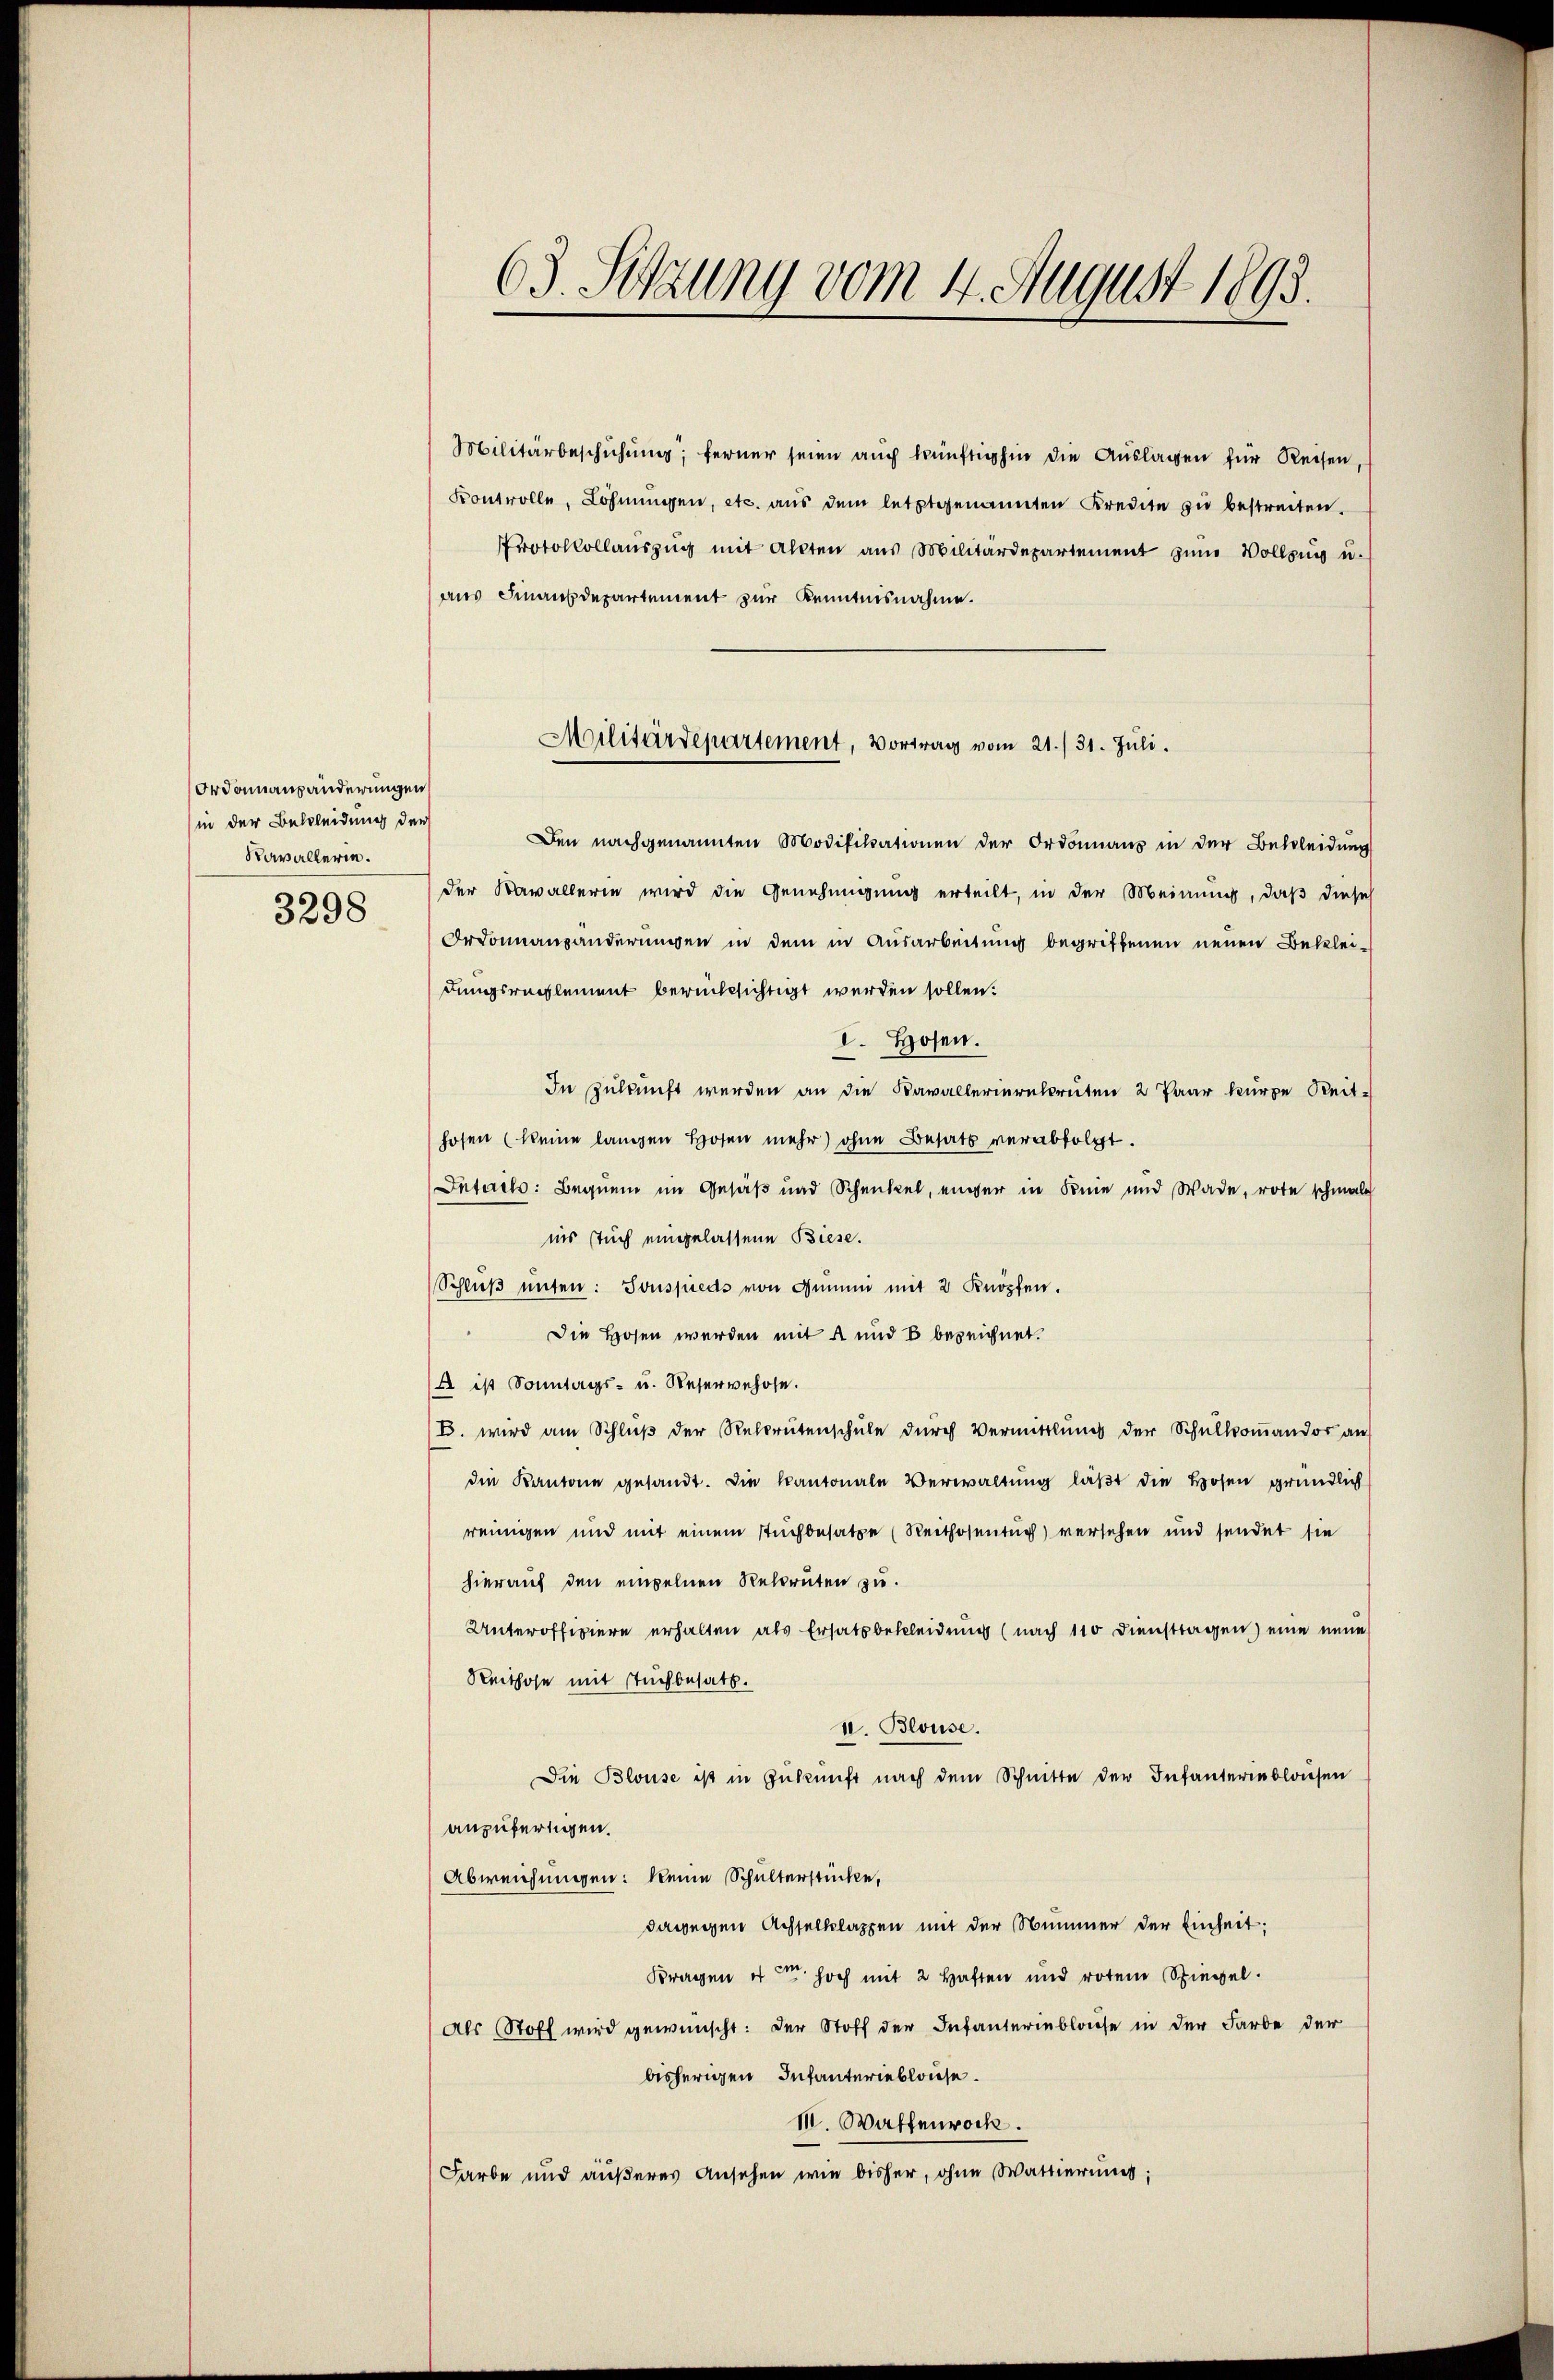
Ordonansänderungen
(in der Bekleidung der
Kavallerin.
3298

63. Sitzung vom 4. August 1893.

Militärbeschichung; ferner seien auch künftighin die Auslagen für Reisen,
Kontrolle, Löhnungen, etc. aus dem letztgenannten Kredite zu bestreiten.
Protokollaŭszŭg mit allten aus Militärdepartement zum Vollzug u.
aus Finanzdepartement zur Kenntnisnahme.
Den nachgenannten Modifikationen der Ordonnanz in der Bekleidung
der Nawallerin wird die Genehmigung erteilt, in der Meinung, daß diese
Ordonnansänderungen in dem in Ausarbeitung begriffenen neuen Bekleidungsreglement berücksichtigt werden sollen.
I. Hosen.
In Zukunft werden an die Kavallerierekruten 2 Paar kurze Reithofen (keine langen Hosen mehr ohne Besatz verabfolgt.
Intact: Bequem im Gesäß und Schenkel, einger in Knie und Wade, rote schmalz
ins stuch eingelassene Biese.
Schlŭβ ŭnsen: Souspieds von Genund mit 2 Knöpfen.
 Die Hosen werden mit 4 und 8 bezeichnet.
A ist Sonntags- u. Reservehose.
B. wird am Schluß der Rekrutenschule durch Vermittlung der Schulkoṁandos auf
die Kantone gesandt. Die Kantonale Verwaltŭng läβt die Hosen gründlich
reinigen und mit einem stuchbesatze (Reithosentug) versehen und sendet sie
hierauf den einzelnen Rekruten zu.
Unteroffiziere erhalten als Ersatz bekleidung (nach 110 Dienstragen) eine neue
Reithose mit Sachbesatz.
II. Blouse.
Die Blouse ist in Zukunft nach dem Schnitte der Infanterinblausen
anzufertigen.
Abweichungen: keine Schulterstücke,
daweigen Achselklappen mit der Nummer der Einheit;
Kragen u. hoch mit 2 Haften und rotem Spiegel.
(als Stoff wird gewünscht: der Stoff der Infanterblasse in der Farbe der
bisherigen Infanterieblause.
III. Waffenrock.
Farbe und äußeres Ansehen wie bisher, ohne Wattierung;

Militärdepartement, Vortrag vom 21./31. Juli.